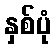
နှစ်ပုံ